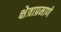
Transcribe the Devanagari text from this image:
क्षेत्राप्रमाणे